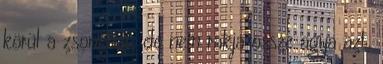
körül a zsongást, de nem rakja össze agya azt,